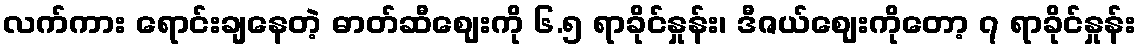
လက်ကား ရောင်းချနေတဲ့ ဓာတ်ဆီဈေးကို ၆.၅ ရာခိုင်နှုန်း၊ ဒီဇယ်ဈေးကိုတော့ ၇ ရာခိုင်နှုန်း